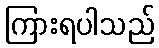
ကြားရပါသည်